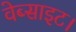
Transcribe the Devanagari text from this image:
वेब्साइट।